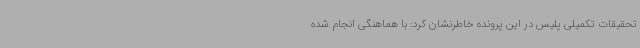
تحقیقات تکمیلی پلیس در این پرونده خاطرنشان کرد: با هماهنگی انجام شده